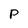
Character: P